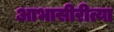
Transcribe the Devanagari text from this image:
आभासीरीत्या